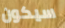
سيكون